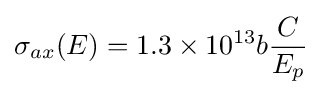
\sigma _{ax}(E)=1.3\times 10^{13}b{\frac {C}{E_{p}}}